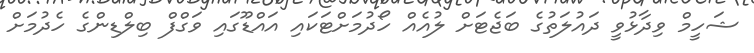
ޝަހީމް ވިދާޅުވީ ދައުލަތުގެ ބަޖެޓަށް ލުއެއް ހޯދުމަށްޓަކައި އައްޑޫގައި ވަގްފް ބިލްޑިންގެ ހެދުމަށް